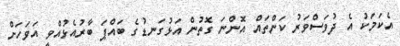
އެކަމަކު އެ ދުވަސްވަރު ކަންތައް އޮންނަ ގޮތުން އަޅުގަނޑުގެ ބައްޕަ ބާރުއެޅުއްވީ އަވަހަށް